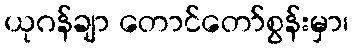
ယုဂန်ချာ တောင်တော်စွန်းမှာ၊